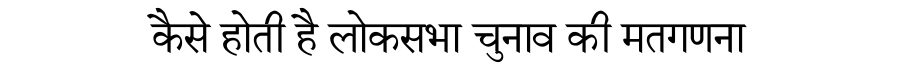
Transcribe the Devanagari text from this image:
कैसे होती है लोकसभा चुनाव की मतगणना